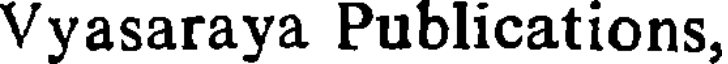
Vyasaraya Publications,